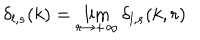
LaTeX: \delta _ { l , s } ( k ) = \lim _ { r \rightarrow + \infty } \delta _ { l , s } ( k , r )